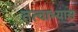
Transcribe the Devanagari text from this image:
तत्वाभ्यास